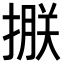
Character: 𢲂